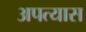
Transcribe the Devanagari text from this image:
अपत्यास